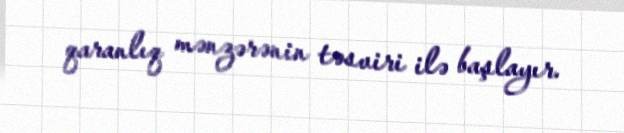
qaranlıq mənzərənin təsviri ilə başlayır.